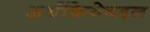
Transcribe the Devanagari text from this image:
अर्थक्रियेबद्दल